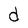
Character: d